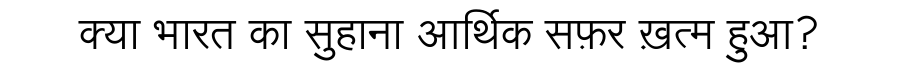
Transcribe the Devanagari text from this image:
क्या भारत का सुहाना आर्थिक सफ़र ख़त्म हुआ?